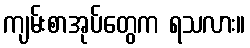
ကျမ်းစာအုပ်တွေက ရသလား။